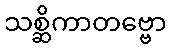
သစ္ဆိကာတဗ္ဗော